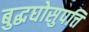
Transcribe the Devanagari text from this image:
बुद्धघोसुपत्ति